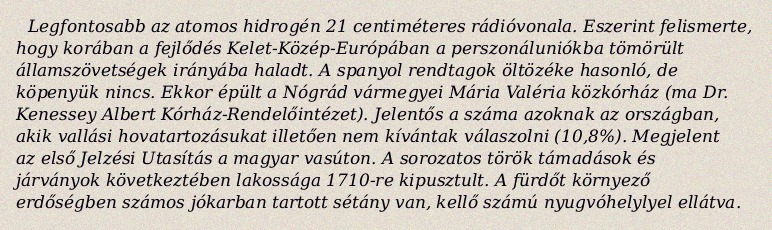
Legfontosabb az atomos hidrogén 21 centiméteres rádióvonala. Eszerint felismerte, hogy korában a fejlődés Kelet-Közép-Európában a perszonáluniókba tömörült államszövetségek irányába haladt. A spanyol rendtagok öltözéke hasonló, de köpenyük nincs. Ekkor épült a Nógrád vármegyei Mária Valéria közkórház (ma Dr. Kenessey Albert Kórház-Rendelőintézet). Jelentős a száma azoknak az országban, akik vallási hovatartozásukat illetően nem kívántak válaszolni (10,8%). Megjelent az első Jelzési Utasítás a magyar vasúton. A sorozatos török támadások és járványok következtében lakossága 1710-re kipusztult. A fürdőt környező erdőségben számos jókarban tartott sétány van, kellő számú nyugvóhelylyel ellátva.